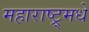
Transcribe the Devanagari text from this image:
महाराष्ट्र्मधे